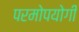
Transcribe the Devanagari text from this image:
परमोपयोगी